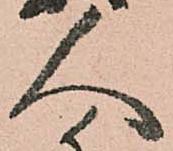
人